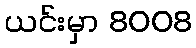
ယင်းမှာ 8008